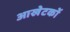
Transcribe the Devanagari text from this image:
आखेटकों